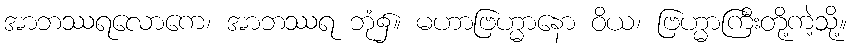
အာဘဿရလောကေ၊ အာဘဿရ ဘုံ၌။ မဟာဗြဟ္မာနော ဝိယ၊ ဗြဟ္မာကြီးတို့ကဲ့သို့။